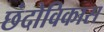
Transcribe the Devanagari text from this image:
छंदोविकास